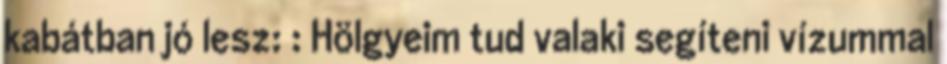
kabátban jó lesz: : Hölgyeim tud valaki segíteni vízummal